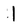
Character: 1